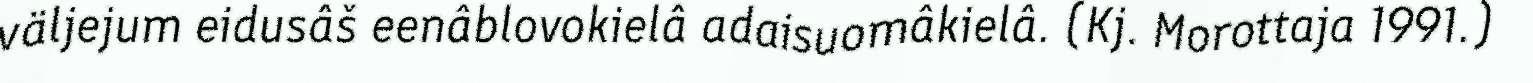
väljejum eidusâš eenâblovokielâ adaisuomâkielâ. (Kj. Morottaja 1991.)